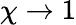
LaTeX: \chi\to 1